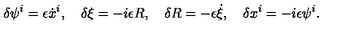
\delta \psi ^ { i } = \epsilon \dot { x } ^ { i } , \quad \delta \xi = - i \epsilon R , \quad \delta R = - \epsilon \dot { \xi } , \quad \delta x ^ { i } = - i \epsilon \psi ^ { i } .